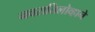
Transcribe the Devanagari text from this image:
नवरातिलोव्हाने